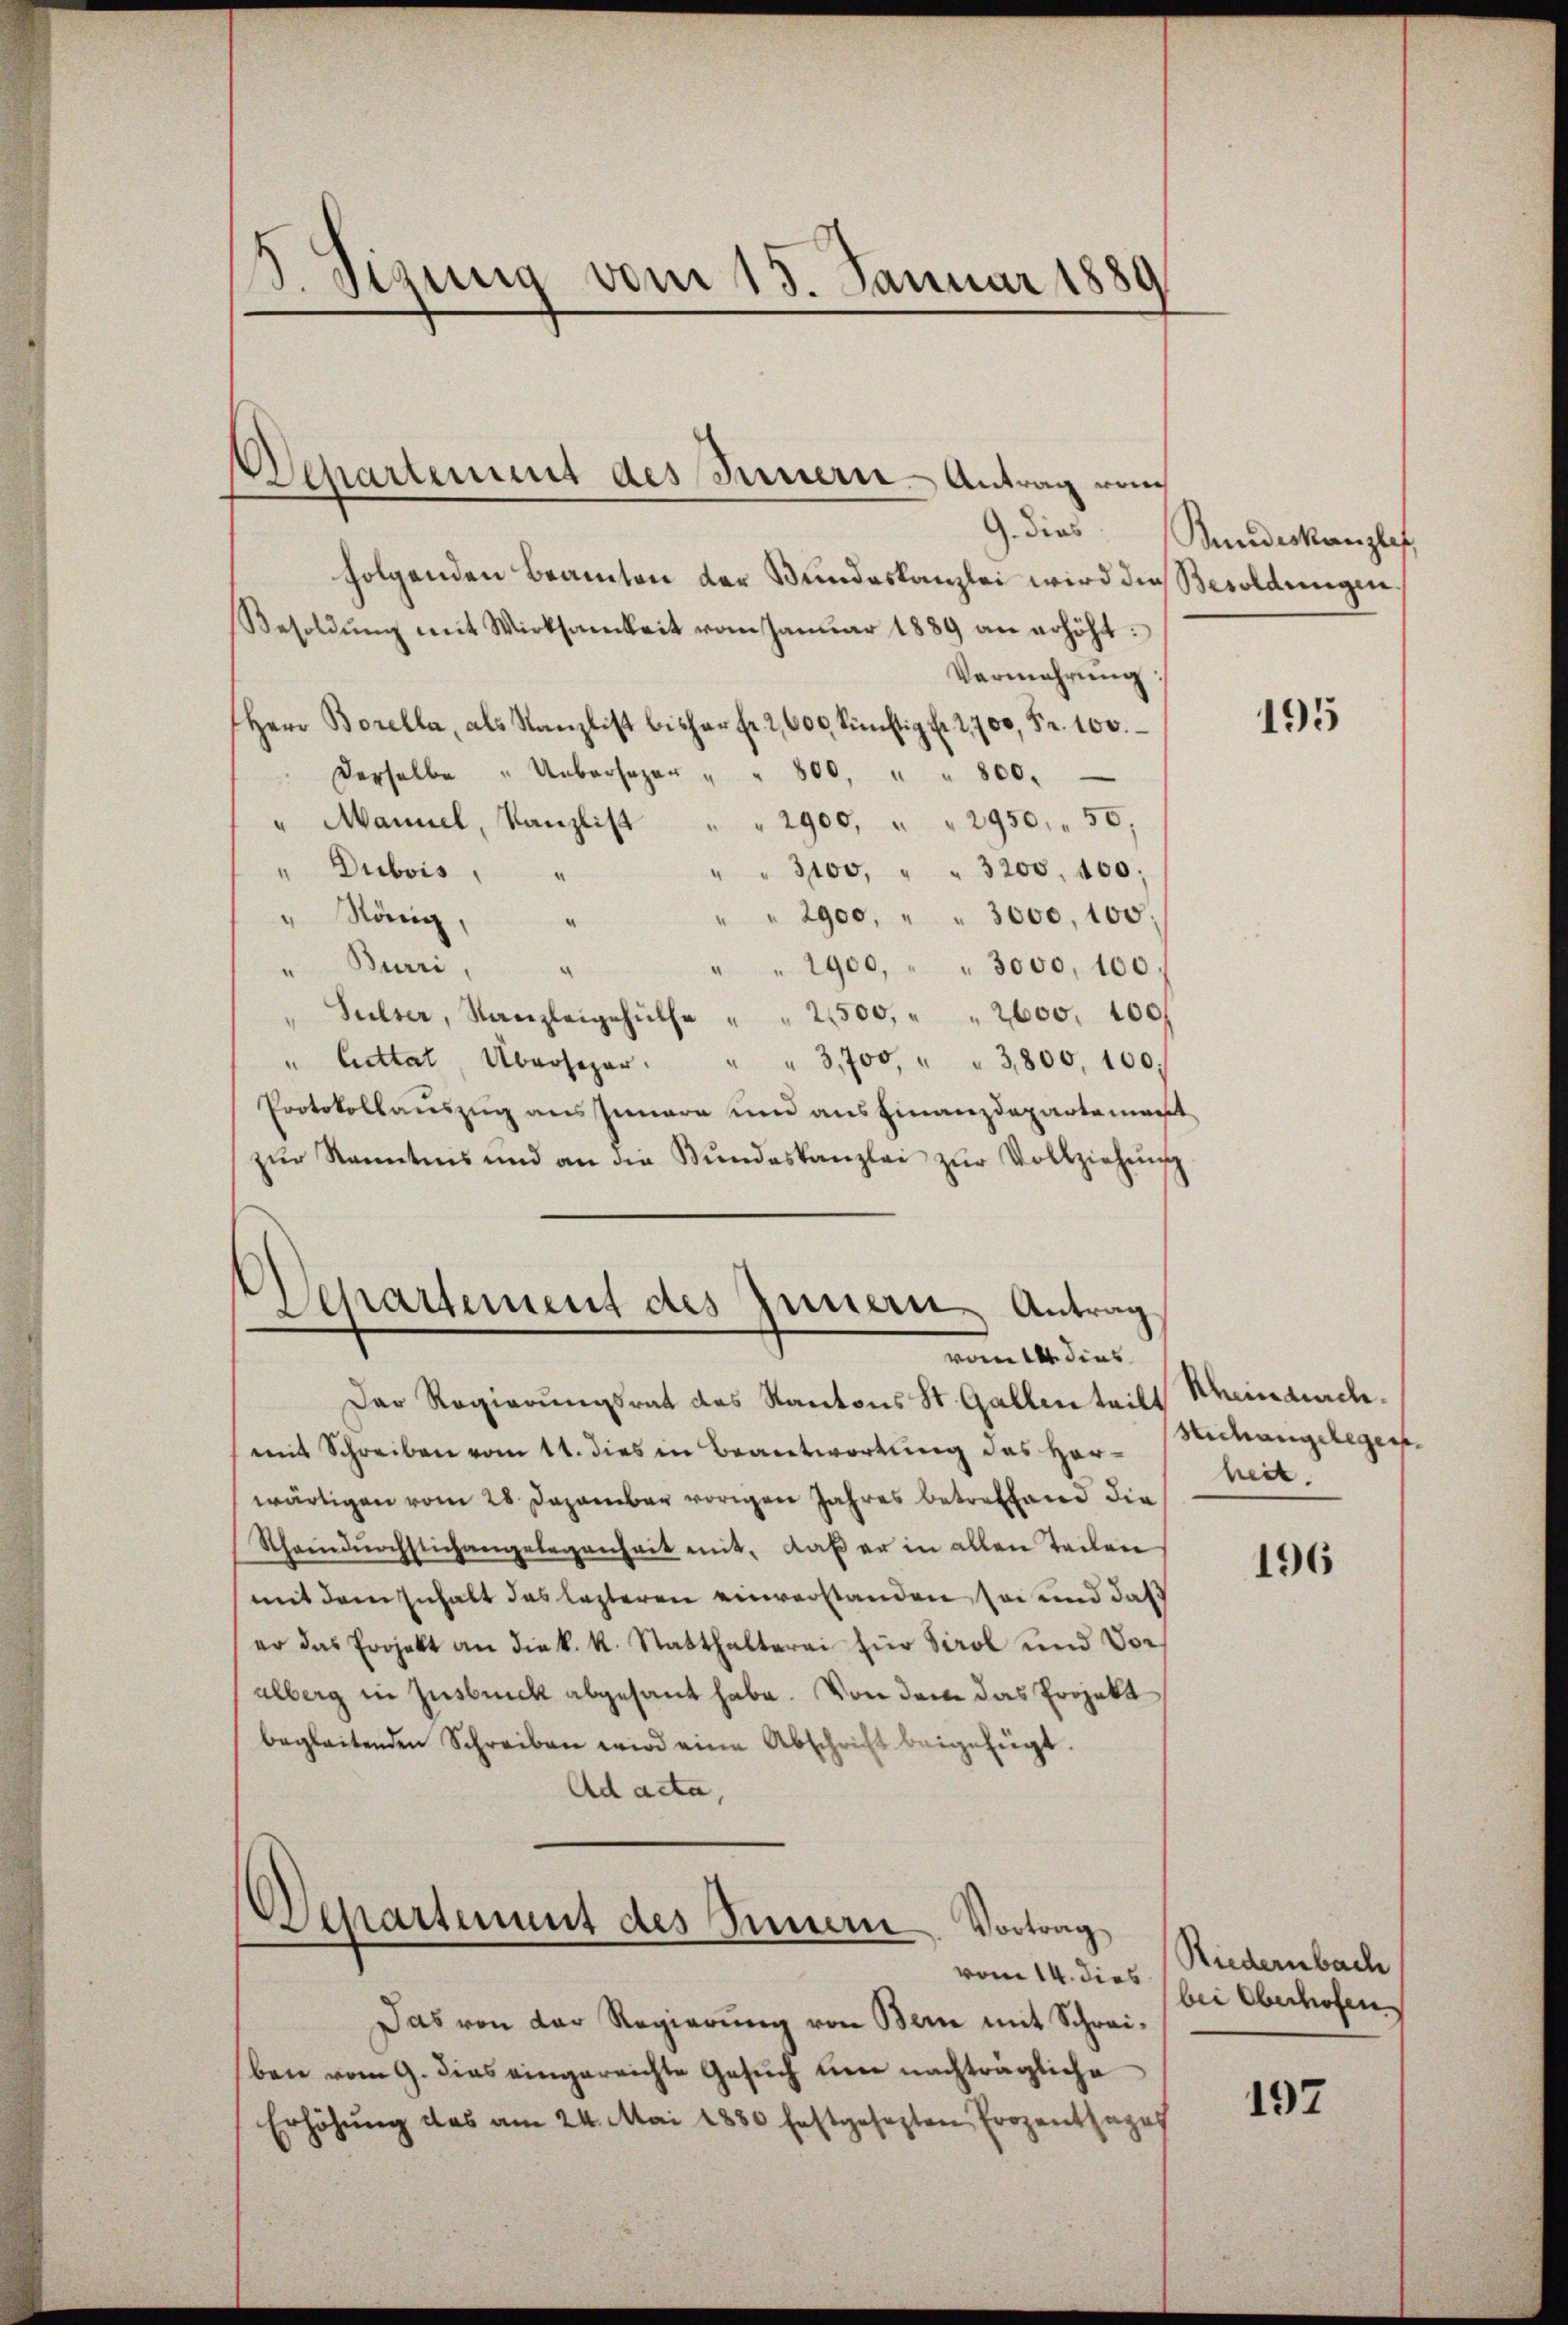
5. Sigung vom 15. Januar 1880

Departement des Innern - Antrag von

G. dies
folgenden Beamten der Bundeskanzlei wird dies Besoldungen
Besoldŭng mit Wirksamkeit vom Janŭar 1889 an erhöht:
Vermehrŭng
Herr Borella, als Kanzlist bisher fr. 2, 600 künftig fr. 2,700 Fr. 100.
derselbe " Uebersager " " 800, " " 800.
" Mannel, Kanzlist " " 2900, " " 2950, " 50;
" Dubois,
" " 3100, " " 3200, 400;
" " 2900, " " 3000, 100;
" König,
“
Burri,
" " 1900, " " 3000, 100.
“
Sulser, Kanzleigehülfe " " 2500, " " 2600. 100f
" 3,700, " " 3,800, 100.
" Cuttat Übersager.
Protokollauszug aus Innere und aus Finanzdepartemen
zŭr Kanntens und an die Stŭndeskanzlei zŭr Vollziehŭng
Der Regierungsrat des Kantons St. Gallen teilt Rheinaurchmit Schreiben vom 11. dies in Beantwortung des Herwärtigen vom 28 Dezember vorigen Jahres betreffend die
Shaindŭrchstich angelegenheit mit, daβ er in allen Teilen
mit dem Inhalt das lezteren einverstanden sei und daß
er das Projekt an die k. k. Statthalterei für Tirol und Voralberg in Insbruck abgesandt habe. Von dem das Projekt
begleitenden Schreiben wird eine Abschrift beigefügt.
Ad acta,
Schartens des Innern
Vortrag
vom 14. dies
Das von der Regierŭng von Bern mit Schreiben vom 9. dies eingereichte Gesŭch um nachträgliche
Erhöhung das am 24. Mai 1880 festgesezten Prozentsages

Separtement des Innern Antrag
vom 14. dies

Bundeskanzler,

195

Michangelegensheit.

196

Riedernbach
bei Oberhofen.

192